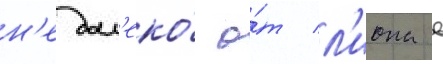
н'едал'еко́ о́т л'иона в